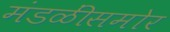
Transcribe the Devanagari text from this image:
मंडळींसमोर